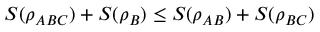
S ( \rho _ { A B C } ) + S ( \rho _ { B } ) \leq S ( \rho _ { A B } ) + S ( \rho _ { B C } )